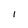
Character: l